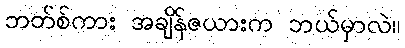
ဘတ်စ်ကား အချိန်ဇယားက ဘယ်မှာလဲ။